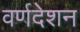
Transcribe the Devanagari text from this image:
वर्णदेशन